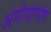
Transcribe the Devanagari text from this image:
अंगोपांगांचे